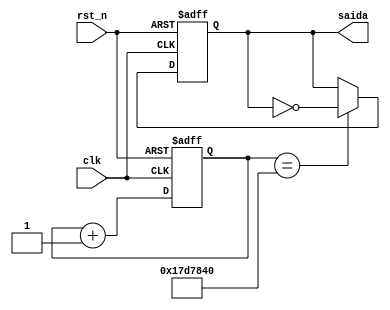
module Conversor (
	input clk,
	input rst_n,
	
	output reg saida
);

reg [24:0] count;

always @ (posedge clk, negedge rst_n)
begin 
	
	if (!rst_n) begin
		count <= 25'd0;
		saida <= 0;
	end
	
	else begin 
		count <= count + 25'b1;
		
		if (count == 25'd25000000) begin
			saida =~ saida;
		end

	end
end	
endmodule